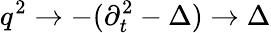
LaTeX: q^{2}\rightarrow-(\partial_{t}^{2}-\Delta)\rightarrow\Delta